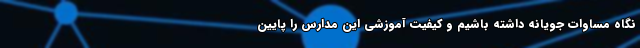
نگاه مساوات جویانه داشته باشیم و کیفیت آموزشی این مدارس را پایین